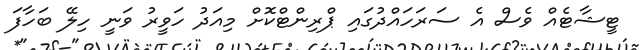
ޓީޝާޓެއް ވެސް އެ ސަރަހައްދުގައި ޕްރިންޓްކޮށް މިއަދު ހަވީރު ވަނީ ހިލޭ ބަހާފަ